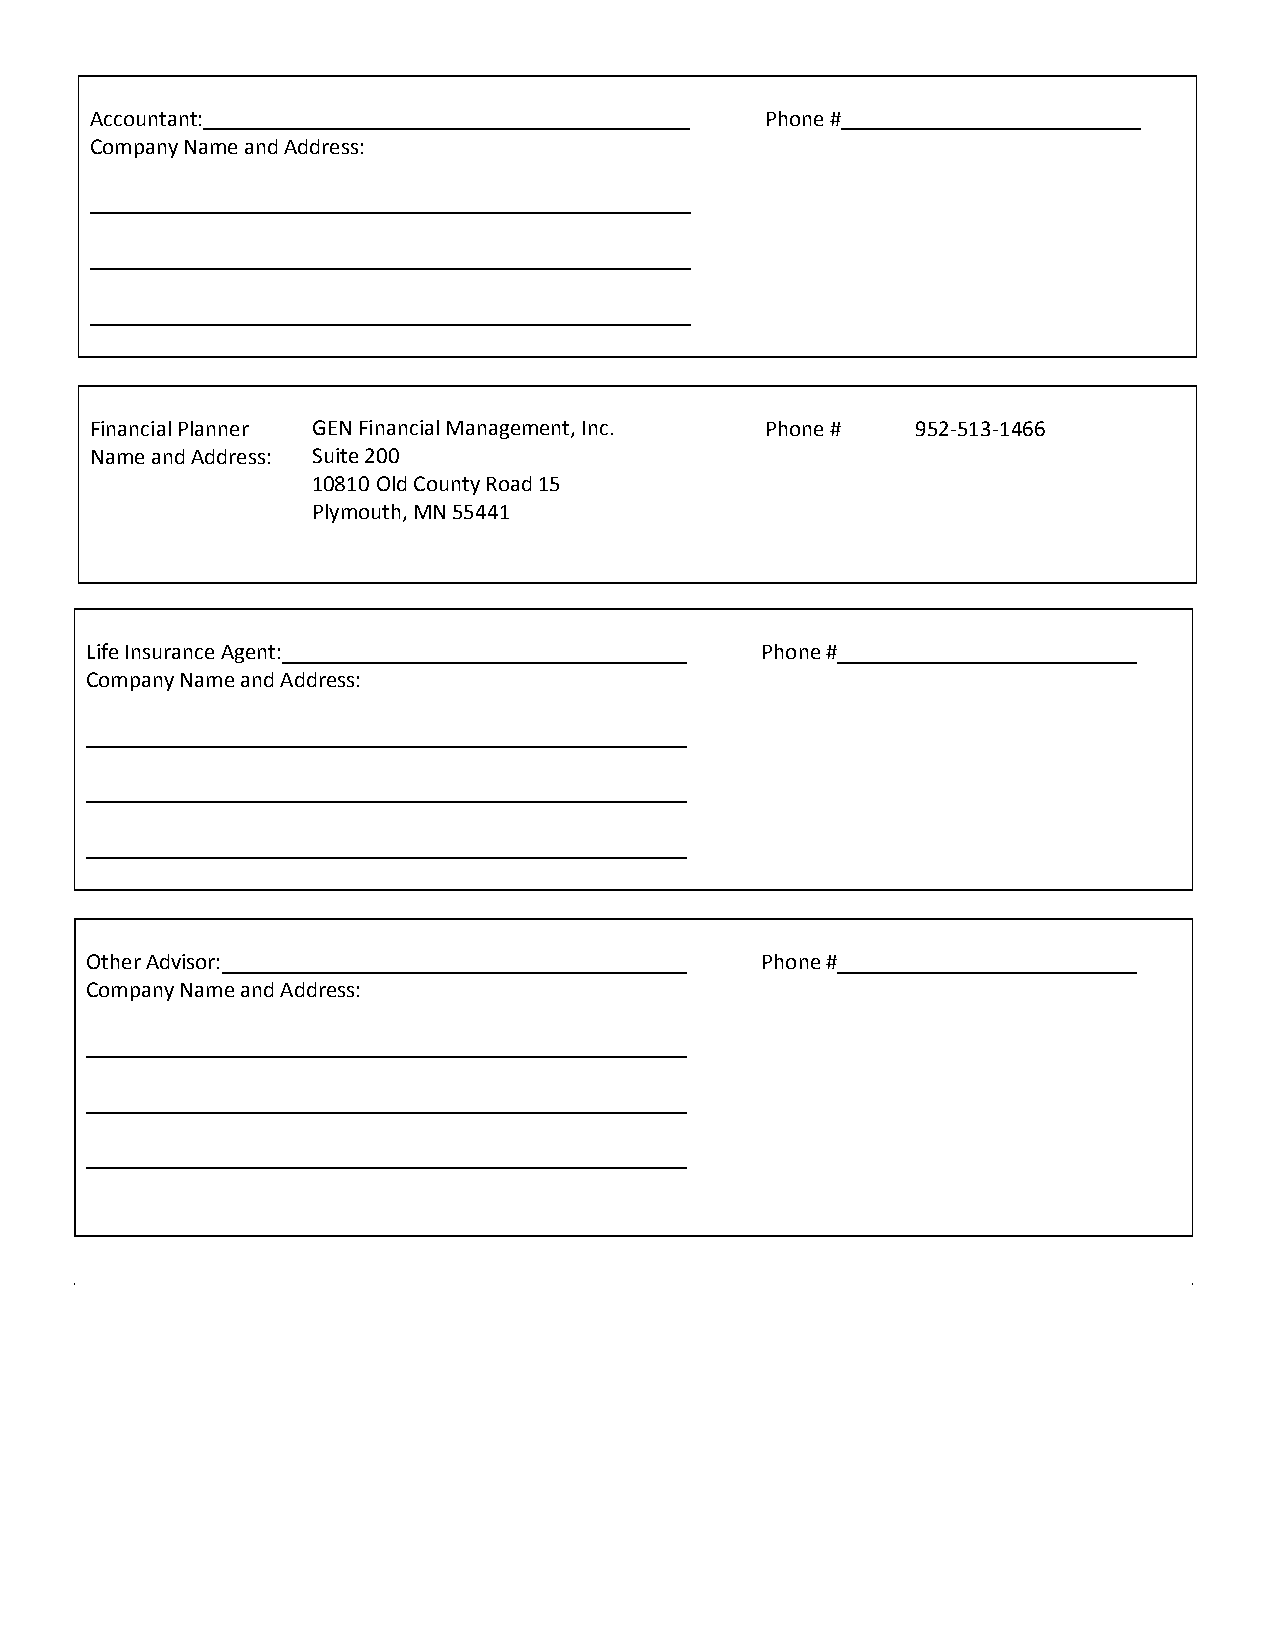
Accountant:                                  Phone #
 Company Name and Address:
 Financial Planner GEN Financial Management, Inc. Phone # 952-513-1466
 Name and Address: Suite 200
 10810 Old County Road 15
 Plymouth, MN 55441
 Life Insurance Agent:                       Phone #
 Company Name and Address:
 Other Advisor:                              Phone #
 Company Name and Address: